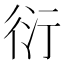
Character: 衍